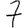
Digit: 7